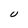
Character: U